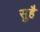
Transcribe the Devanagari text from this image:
सुहै